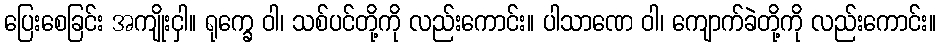
ပြေးစေခြင်း အကျိုးငှါ။ ရုက္ခေ ဝါ၊ သစ်ပင်တို့ကို လည်းကောင်း။ ပါသာဏေ ဝါ၊ ကျောက်ခဲတို့ကို လည်းကောင်း။